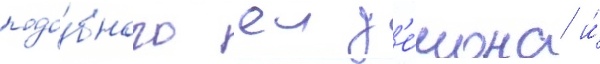
подо́бного еи д'е́мона и́